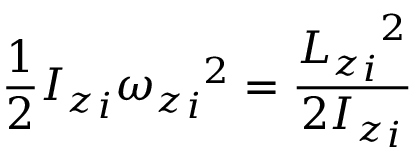
{ \frac { 1 } { 2 } } { I _ { z } } _ { i } { { \omega _ { z } } _ { i } } ^ { 2 } = { \frac { { { L _ { z } } _ { i } } ^ { 2 } } { 2 { I _ { z } } _ { i } } }